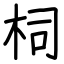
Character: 柌